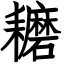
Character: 耱